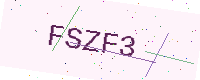
Text: FSZF3